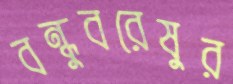
বন্ধুবরেষুর